Report on sanitation, dispensaries, and jails in Rajputana for 1912, and on vaccination for the year 1912-1913 - 1912-1913
Year: 1912
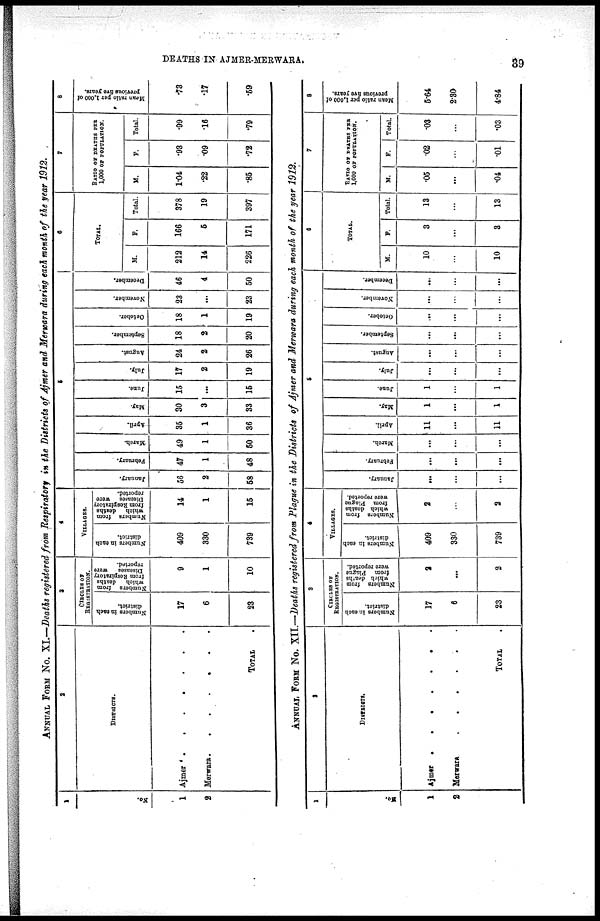
DEATHS IN AJMER-MERWARA.
39
ANNUAL FORM No. XI.—Deaths registered from Respiratory in the Districts of Ajmer and Merwara during each month of the year 1912.
1
No.
1
2
2
DISTRICTS.
Ajmer . . . . . . .
Merwara.
.
.
.
.
.
.
TOTAL .
3
CIRCLES OF
REGISTRATION.
Numbers in each
district.
17
6
23
Numbers from
which
deaths
from Respiratory
Diseases
were
reported.
9
1
10
4
VILLAGES.
Numbers in each
district.
409
330
739
Numbers from
which deaths
from Respiratory
Diseases were
reported.
14
1
15
5
January.
56
2
58
February.
47
1
48
March.
49
1
50
April.
35
1
36
May.
30
3
33
June.
15
...
15
July.
17
2
19
August.
24
2
26
September.
18
2
20
October.
18
1
19
November.
23
...
23
December.
46
4
50
6
TOTAL.
M.
212
14
226
F.
166
5
171
Total.
378
19
397
7
RATIO OF DEATHS PER
1,000 OF POPULATION.
M.
1.04
.22
.85
F.
.93
.09
.72
Total.
.99
.16
.79
8
Mean ratio per 1,000 of
previous five years.
.73
.17
.59
ANNUAL FORM No. XII.—Deaths registered from Plague in the Districts of Ajmer and Merwara during each month of the year 1912.
1
No.
1
2
2
DISTRICTS.
Ajmer
. . . . . . .
Merwara.
. . . . .
TOTAL .
3
CIRCLES OF
REGISTRATION.
Numbers in each
district.
17
6
23
Numbers from
which deaths
from Plague
were reported.
2
...
2
4
VILLAGES.
Numbers in each
district.
409
330
739
Numbers from
which deaths
from Plague
were reported.
2
...
2
5
January.
...
...
...
February.
...
...
...
March.
...
...
...
April.
11
...
11
May.
1
...
1
June.
1
...
1
July.
...
...
...
August.
...
...
...
September.
...
...
...
October.
...
...
...
November.
...
...
...
December.
...
...
...
6
TOTAL.
M.
10
...
10
F.
3
...
3
Total.
13
...
13
7
RATIO OF DEATHS PER
1,000 OF POPULATION.
M.
.05
...
.04
F.
.02
...
.01
Total.
.03
...
.03
8
Mean ratio per 1,000 of
previous five years.
5.64
2.30
4.84